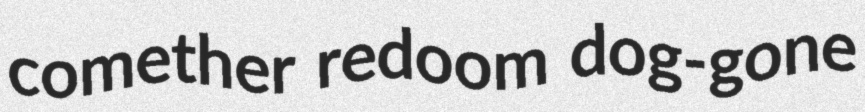
comether redoom dog-gone